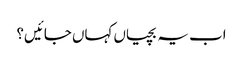
اب یہ بچیاں کہاں جائیں؟